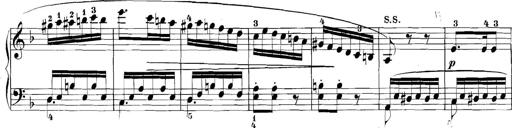
Title: 3 Sonatinas
Composer: Carl Reinecke